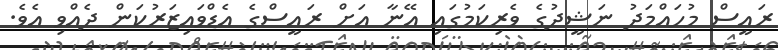
ރައީސް މުހައްމަދު ނަޝީދުގެ ވެރިކަމުގައި އޭނާ އަށް ރައީސްގެ އެޑްވައިޒަރުކަން ދެއްވި އެވެ.